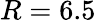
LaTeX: R=6.5